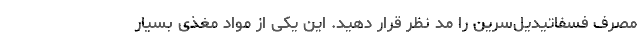
مصرف فسفاتیدیل‌سرین را مد نظر قرار دهید. این یکی از مواد مغذی بسیار